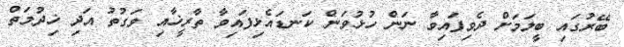
ބޭރުގައި ބީލަމަށް ދެވިފައިވާ ނަން ހުޅުވަން ކަނޑައެޅިފައިވާ ތާރީޚާއި ވަގުތު އަދި ޚިދުމަތް